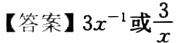
【答案】\(3x^{-1}\)或\(\frac{3}{x}\)